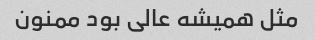
مثل همیشه عالی بود ممنون